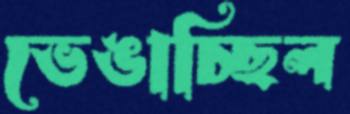
ভেঙাচ্ছিল